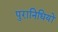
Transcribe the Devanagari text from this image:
पुरानिधियों